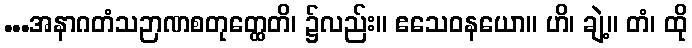
...အနာဂတံသဉာဏစတုတ္ထေတိ၊ ၌လည်း။ ဧသေဝနယော။ ဟိ၊ ချဲ့။ တံ၊ ထို